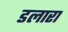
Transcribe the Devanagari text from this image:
डलारा